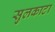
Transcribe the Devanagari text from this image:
सुलकाटा